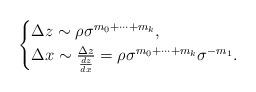
LaTeX: \begin{align*}\begin{cases}\Delta z\sim \rho \sigma^{m_0+\dots +m_{k}},\\\Delta x \sim \frac {\Delta z} {\frac {dz}{dx}} = \rho \sigma^{m_0+\dots +m_{k}} \sigma^{-m_1}.\end{cases}\end{align*}